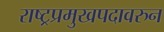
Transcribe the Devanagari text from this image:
राष्ट्रप्रमुखपदावरुन